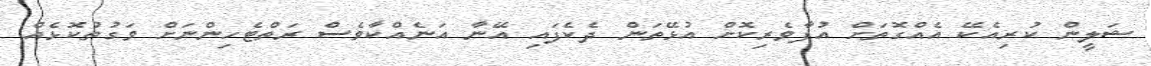
ޝަލީން ކުރިއެކޭ އެއްގޮތަށް އުފާވެރިކޮށް އުޅޭތަން ދެކެފައި އޭނާ އަނެއްކާވެސް ރަތްޓެހިންނަށް ވަގުތުކޮޅެއް